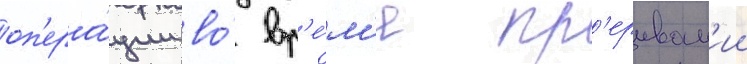
оп'ера́ции во́ вр'е́м'я пр'ерыван'ии